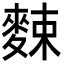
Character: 𪌶